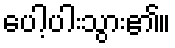
ပေါ့ပါးသွား၏။